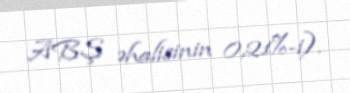
ABŞ əhalisinin 0,21%-i).